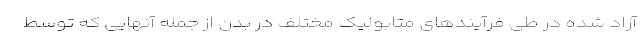
آزاد شده در طی فرآیندهای متابولیک مختلف در بدن از جمله آنهایی که توسط